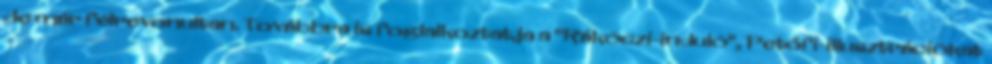
de már félrevonultan. Továbbra is foglalkoztatja a "Rákóczi-induló", Petőfi-illusztrációkat